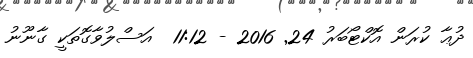
ދުޢާ ކުރަން އޮކްޓޯބަރު 24